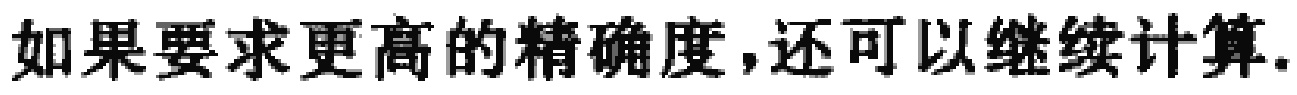
如果要求更高的精确度,还可以继续计算.